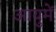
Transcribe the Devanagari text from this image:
आयुमें